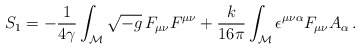
\begin{align*}S_1=-\frac{1}{4\gamma}\int_{\cal M}\sqrt{-g}\,F_{\mu\nu}F^{\mu\nu} + \frac{k}{16\pi}\int_{\cal M}\epsilon^{\mu\nu\alpha}F_{\mu\nu}A_\alpha\, .\end{align*}